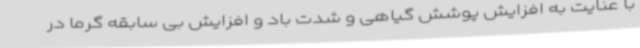
با عنایت به افزایش پوشش گیاهی و شدت باد و افزایش بی سابقه گرما در